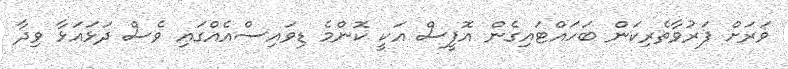
ވަރަށް ފަރުވާތެރިކަން ބަހައްޓައިގެން އޮފީސް އަކީ ކޮންމެ ޑިވައިސްއެއްގައި ވެސް ދަޅައަޅާ ވިދާ